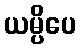
ယမ္ပိပေ